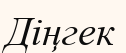
Діңгек